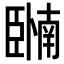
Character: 𬛩